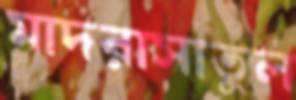
মাদরাসাতুল